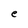
Character: e